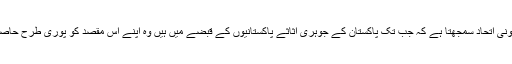
عالمی صلیبی اور صہیونی اتحاد سمجھتا ہے کہ جب تک پاکستان کے جوہری اثاثے پاکستانیوں کے قبضے میں ہیں وہ اپنے اس مقصد کو پوری طرح حاصل نہیں کر سکیں گے ۔